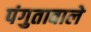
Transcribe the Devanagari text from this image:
पंगुतावाले